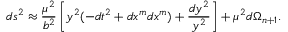
d s ^ { 2 } \approx { \frac { \mu ^ { 2 } } { b ^ { 2 } } } \left[ y ^ { 2 } ( - d t ^ { 2 } + d x ^ { m } d x ^ { m } ) + { \frac { d y ^ { 2 } } { y ^ { 2 } } } \right] + \mu ^ { 2 } d \Omega _ { n + 1 } .